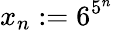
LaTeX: x_{n}:=6^{5^{n}}